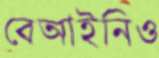
বেআইনিও